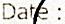
DATE: